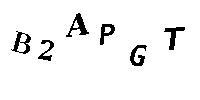
B2APGT